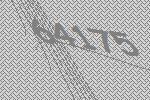
64175